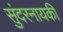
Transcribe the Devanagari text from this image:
सुंदरनायकी